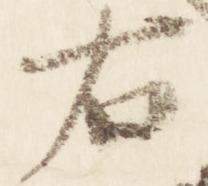
右